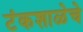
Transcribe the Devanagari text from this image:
टंकशाळेचे